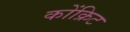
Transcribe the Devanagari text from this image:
कोंक्रिट